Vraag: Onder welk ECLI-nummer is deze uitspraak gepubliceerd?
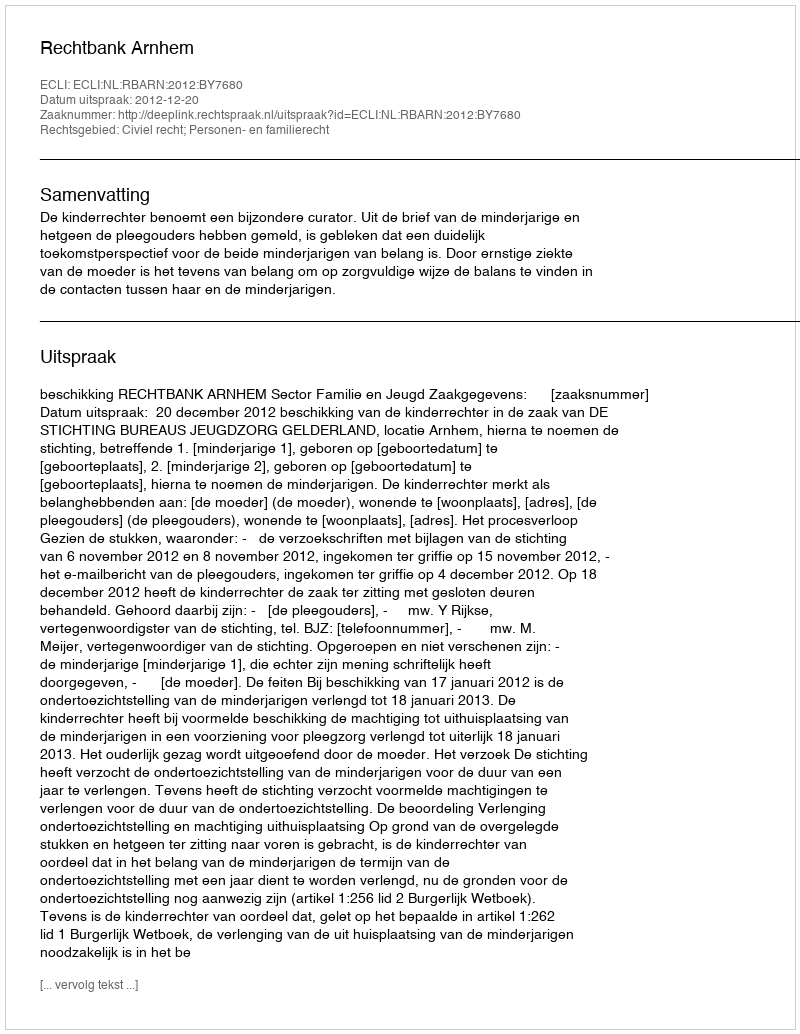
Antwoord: ECLI:NL:RBARN:2012:BY7680